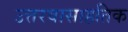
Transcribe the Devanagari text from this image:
उत्तरवासाहतिक